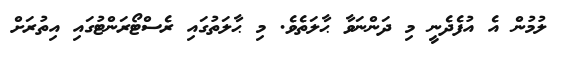
ލުމުން އެ އުފެދެނީ މި ދަންނަވާ ޙާލަތެވެ. މި ޙާލަތުގައި ރެސްޓޯރަންޓުގައި އިތުރަށް